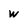
Character: w